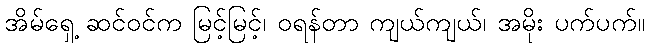
အိမ်ရှေ့ ဆင်ဝင်က မြင့်မြင့်၊ ဝရန်တာ ကျယ်ကျယ်၊ အမိုး ပက်ပက်။